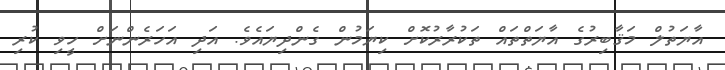
އާޔަތުލް މަޤާބިރުގެ އާޔަތްތައް ތަކުރާރުކޮށް ކިޔަމުން ގެންދިޔައެވެ. އަދި އަހަރެންނަށް ހީވި ކުރި